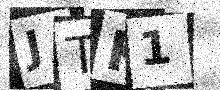
Text: JTK1